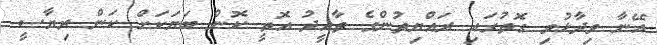
އޭނާ ވިދާޅުވި ގޮތުގައި ރައްޔިތުންގެ ތާއީދު އޮތީ ކޮން ބަޔަކަށް ކަން ރިޔާސީ